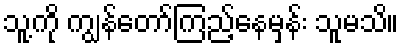
သူ့ကို ကျွန်တော်ကြည့်နေမှန်း သူမသိ။